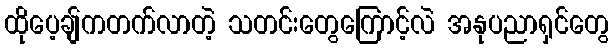
ထိုပေ့ချ်ကတက်လာတဲ့ သတင်းတွေကြောင့်လဲ အနုပညာရှင်တွေ